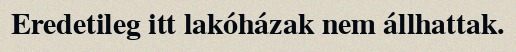
Eredetileg itt lakóházak nem állhattak.